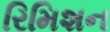
રિમિશન